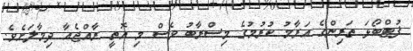
ފުޓްބޯޅަ ތަރިންގެ އަރާމު ކުރުމުގެ މިސްރާބު ވެސް މި އޮތީ ރާއްޖެއާ ދިމާލަށެވެ.